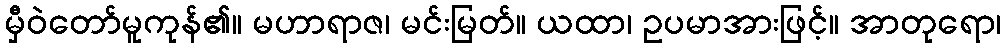
မှီဝဲတော်မူကုန်၏။ မဟာရာဇ၊ မင်းမြတ်။ ယထာ၊ ဥပမာအားဖြင့်။ အာတုရော၊